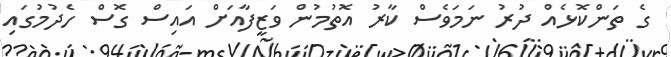
ގެ ތަންކޮޅެއް ދުރު ނަމަވެސް ކާރު އޮތުމުން ވަޒީފާއަށް އައިސް ގޮސް ހެދުމުގައި